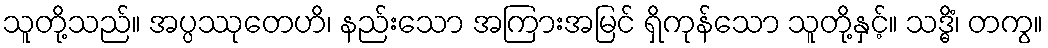
သူတို့သည်။ အပ္ပဿုတေဟိ၊ နည်းသော အကြားအမြင် ရှိကုန်သော သူတို့နှင့်။ သဒ္ဓိံ၊ တကွ။